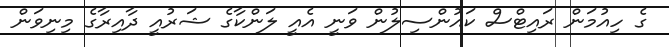
ގެ ހިއުމަން ރައިޓްސް ކައުންސިލުން ވަނީ އެއީ ލަންކާގެ ޝަރުއީ ދާއިރާގެ މިނިވަން